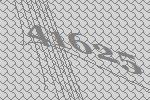
41625